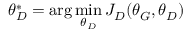
\theta _ { D } ^ { * } = \arg \operatorname* { m i n } _ { \theta _ { D } } J _ { D } ( \theta _ { G } , \theta _ { D } )